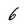
Character: 6